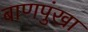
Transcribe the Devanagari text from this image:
बाणपुंखा